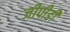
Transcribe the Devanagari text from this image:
जीपीडी